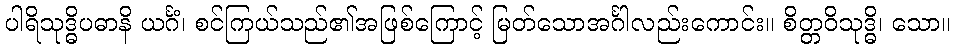
ပါရိသုဒ္ဓိပဓာနိ ယင်္ဂံ၊ စင်ကြယ်သည်၏အဖြစ်ကြောင့် မြတ်သောအင်္ဂါလည်းကောင်း။ စိတ္တဝိသုဒ္ဓိ၊ သော။